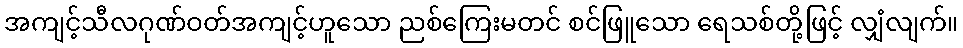
အကျင့်သီလဂုဏ်ဝတ်အကျင့်ဟူသော ညစ်ကြေးမတင် စင်ဖြူသော ရေသစ်တို့ဖြင့် လျှံလျက်။